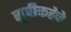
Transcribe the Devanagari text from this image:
सुपीकतेचे